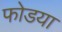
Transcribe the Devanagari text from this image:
फोडया